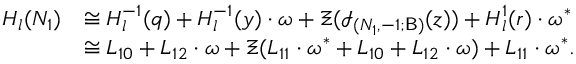
\begin{array} { r l } { H _ { l } ( N _ { 1 } ) } & { \cong H _ { l } ^ { - 1 } ( q ) + H _ { l } ^ { - 1 } ( y ) \cdot \omega + \Xi ( \mathcal { I } _ { ( N _ { 1 } , - 1 ; \mathsf { B } ) } ( \mathfrak z ) ) + H _ { l } ^ { 1 } ( r ) \cdot \omega ^ { * } } \\ & { \cong L _ { 1 0 } + L _ { 1 2 } \cdot \omega + \Xi ( L _ { 1 1 } \cdot \omega ^ { * } + L _ { 1 0 } + L _ { 1 2 } \cdot \omega ) + L _ { 1 1 } \cdot \omega ^ { * } . } \end{array}